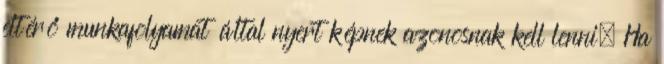
eltérő munkafolyamat által nyert képnek azonosnak kell lenni. Ha